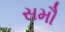
સમૌ